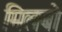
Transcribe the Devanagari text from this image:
मिलबो